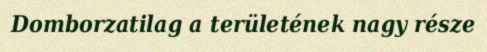
Domborzatilag a területének nagy része